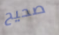
صحيح